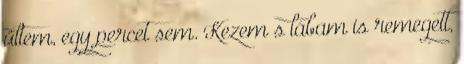
ültem, egy percet sem. Kezem s lábam is remegett,